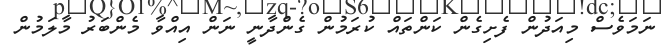
ނަމަވެސް މިއަދުން ފެށިގެން ކަންތައް ކުރަމުން ގެންދާނީ ނަން އިއްވާ މެންބަރު މާލަމުން